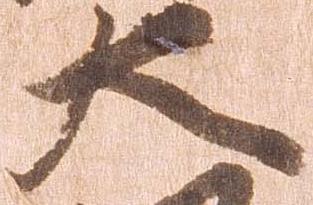
大